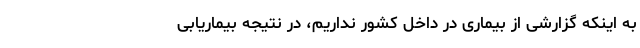
به اینکه گزارشی از بیماری در داخل کشور نداریم، در نتیجه بیماریابی